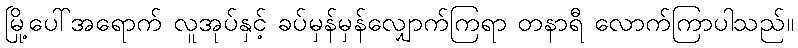
မြို့ပေါ်အရောက် လူအုပ်နှင့် ခပ်မှန်မှန်လျှောက်ကြရာ တနာရီ လောက်ကြာပါသည်။